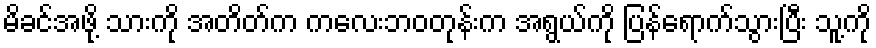
မိခင်အဖို့ သားကို အတိတ်က ကလေးဘဝတုန်းက အရွယ်ကို ပြန်ရောက်သွားပြီး သူ့ကို